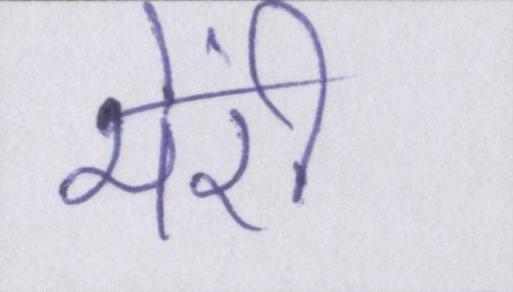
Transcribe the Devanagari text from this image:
मेंरी